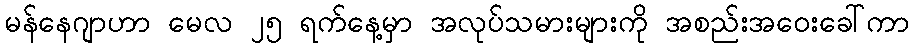
မန်နေဂျာဟာ မေလ ၂၅ ရက်နေ့မှာ အလုပ်သမားများကို အစည်းအဝေးခေါ်ကာ